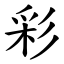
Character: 彩